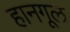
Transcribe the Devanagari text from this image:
हानगूल